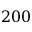
2 0 0